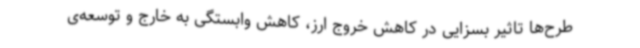
طرح‌ها تاثیر بسزایی در کاهش خروج ارز، کاهش وابستگی به خارج و توسعه‌ی